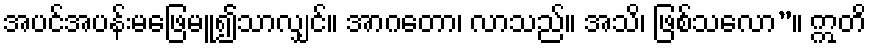
အပင်အပန်းမဖြေမူ၍သာလျှင်။ အာဂတော၊ လာသည်။ အသိ၊ ဖြစ်သလော”။ ဣတိ